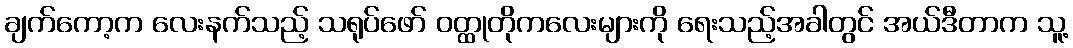
ချက်ကော့က လေးနက်သည့် သရုပ်ဖော် ဝတ္ထုတိုကလေးများကို ရေးသည့်အခါတွင် အယ်ဒီတာက သူ့